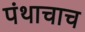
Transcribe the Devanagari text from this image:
पंथाचाच